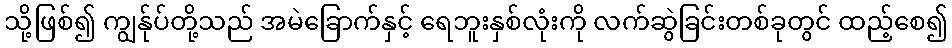
သို့ဖြစ်၍ ကျွန်ုပ်တို့သည် အမဲခြောက်နှင့် ရေဘူးနှစ်လုံးကို လက်ဆွဲခြင်းတစ်ခုတွင် ထည့်စေ၍